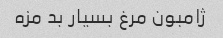
ژامبون مرغ بسیار بد مزه